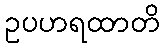
ဥပဟရထာတိ